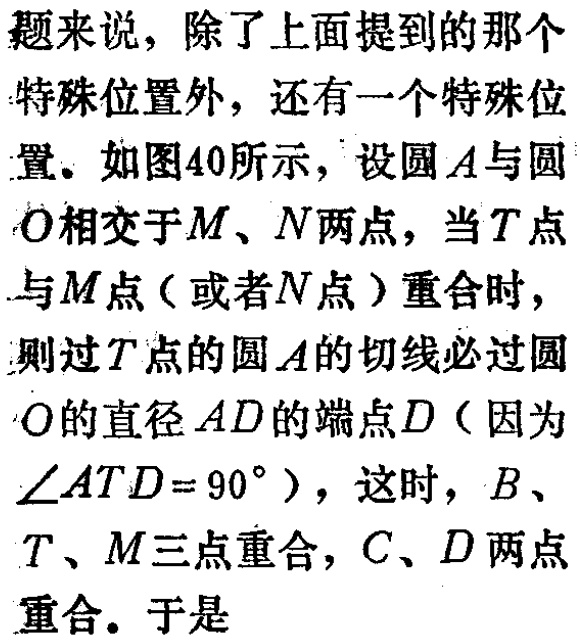
题来说，除了上面提到的那个
特殊位置外，还有一个特殊位
置。如图40所示，设圆\(A\)与圆
\(O\)相交于\(M\)、\(N\)两点，当\(T\)点
与\(M\)点（或者\(N\)点）重合时，
则过\(T\)点的圆\(A\)的切线必过圆
\(O\)的直径\(AD\)的端点\(D\)（因为
\(\angle ATD = 90^{\circ}\)），这时，\(B\)、
\(T\)、\(M\)三点重合，\(C\)、\(D\)两点
重合。于是